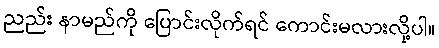
ညည်း နာမည်ကို ပြောင်းလိုက်ရင် ကောင်းမလားလို့ပါ။